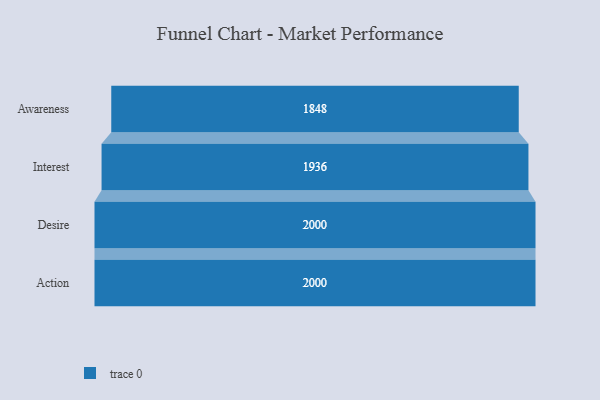
{"axis": {"x": "Stage", "y": "Value"}, "legend": [""], "data": [{"x": "Awareness", "y": 1848.0, "type": ""}, {"x": "Interest", "y": 1936.0, "type": ""}, {"x": "Desire", "y": 2000, "type": ""}, {"x": "Action", "y": 2000, "type": ""}]}